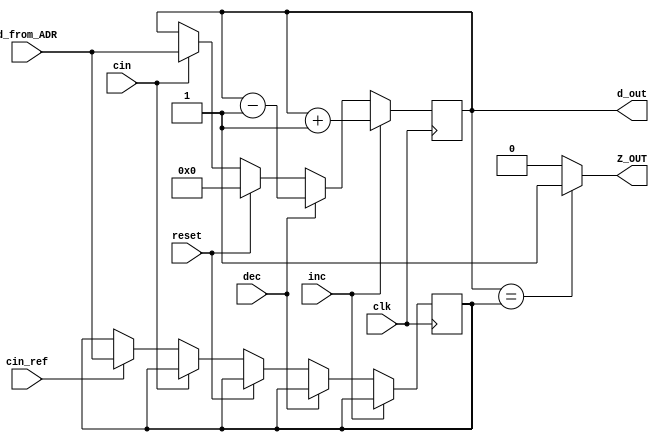
module reg_ARG_ART (clk, inc, dec, reset, Z_OUT, d_out, cin, cin_ref,d_from_ADR);

input       clk, inc, dec, reset, cin, cin_ref;
input [8:0] d_from_ADR;

output reg       Z_OUT = 1;
output reg [8:0] d_out = 9'd0;

reg [8:0] ref=9'd0;

always @ (posedge clk)
	begin
		 if(inc)         d_out <= d_out+1;
		 else if(dec)    d_out <= d_out-1;
		 else if(reset)  d_out <= 9'd0;
		 else if (cin) d_out <= d_from_ADR;
		 else if (cin_ref) ref <= d_from_ADR;
	end

always @ (d_out)
	begin
		if(d_out == ref)   Z_OUT <= 1;
		else               Z_OUT <= 0;
	end
  
endmodule